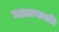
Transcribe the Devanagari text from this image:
नक्षत्राणामधि